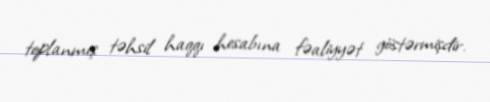
toplanmış təhsil haqqı hesabına fəaliyyət göstərmişdir.